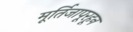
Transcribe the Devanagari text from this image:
मूर्तिजापूरहून